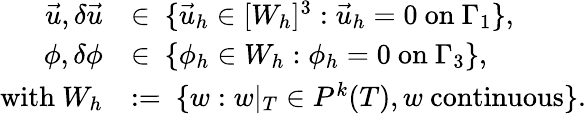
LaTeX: \begin{array}{rl}{\vec{u},\delta\vec{u}}&{\in\ \{ \vec{u}_{h}\in[W_{h}]^{3}:\vec{u}_{h}=0\mathrm{~on~}\Gamma_{1}\} ,}\\ {\phi,\delta\phi}&{\in\ \{ \phi_{h}\in W_{h}:\phi_{h}=0\mathrm{~on~}\Gamma_{3}\} ,}\\ {\mathrm{with~}W_{h}}&{:=\ \{ w:w|_{T}\in P^{k}(T),w\mathrm{~continuous}\} .}\end{array}